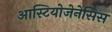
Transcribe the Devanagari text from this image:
आस्टियोजेनेसिस